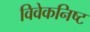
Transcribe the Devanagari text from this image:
विवेकनिष्ट